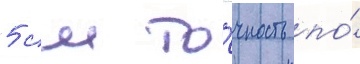
5 см то́чность по́